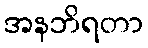
အနဘိရတာ